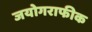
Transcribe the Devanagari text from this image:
जयोगराफीक